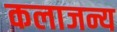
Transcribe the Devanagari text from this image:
कलाजन्य